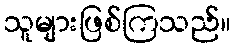
သူများဖြစ်ကြသည်။